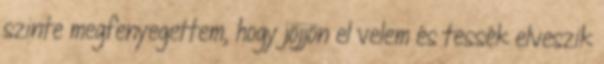
szinte megfenyegettem, hogy jöjjön el velem és tessék elveszik